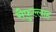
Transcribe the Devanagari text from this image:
सैफ़ुल्लाह